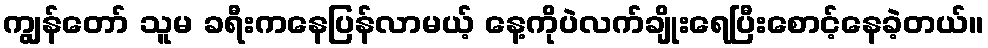
ကျွန်တော် သူမ ခရီးကနေပြန်လာမယ့် နေ့ကိုပဲလက်ချိုးရေပြီးစောင့်နေခဲ့တယ်။